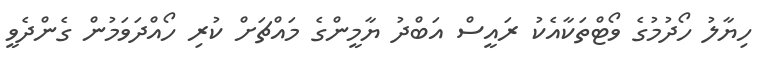
ހިޔާލު ހޯދުމުގެ ވޯޓްތަކާއެކު ރައީސް އަބްދު ޔާމީންގެ މައްޗަށް ކުރި ހޯއްދަވަމުން ގެންދެވީ